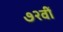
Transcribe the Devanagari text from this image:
७२वीं